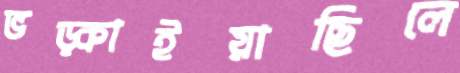
ভড়্‌কাইয়াছিলে